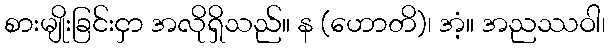
စားမျိုးခြင်းငှာ အလိုရှိသည်။ န (ဟောတိ)၊ အံ့။ အညဿဝါ၊